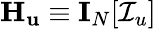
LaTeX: \mathbf{H}_{\mathbf{u}}\equiv\mathbf{I}_{N}[\mathcal{I}_{u}]